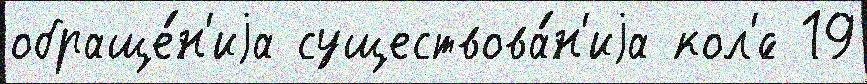
обраще́н'иjа существова́н'иjа кол'́с 19